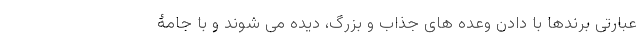
عبارتی برندها با دادن وعده های جذاب و بزرگ، دیده می شوند و با جامۀ